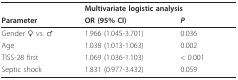
<table><thead><tr><td></td><td colspan="2"><b>Multivariate logistic analysis</b></td></tr><tr><td><b>Parameter</b></td><td><b>OR (95% CI)</b></td><td><b><i>P</i></b></td></tr></thead><tbody><tr><td>Gender ♀ vs. ♂</td><td>1.966 (1.045-3.701)</td><td>0.036</td></tr><tr><td>Age</td><td>1.038 (1.013-1.063)</td><td>0.002</td></tr><tr><td>TISS-28 first</td><td>1.069 (1.036-1.103)</td><td>&lt; 0.001</td></tr><tr><td>Septic shock</td><td>1.831 (0.977-3.432)</td><td>0.059</td></tr></tbody></table>